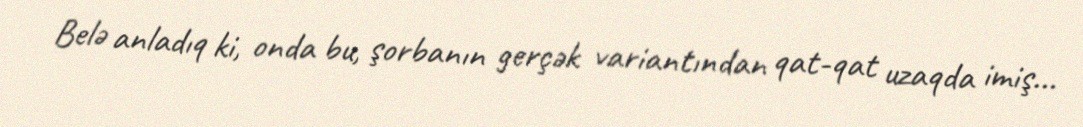
Belə anladıq ki, onda bu, şorbanın gerçək variantından qat-qat uzaqda imiş...